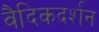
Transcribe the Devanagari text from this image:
वैदिकदर्शन